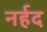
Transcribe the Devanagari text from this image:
नर्हद